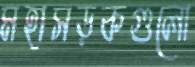
মহাসড়কগুলো